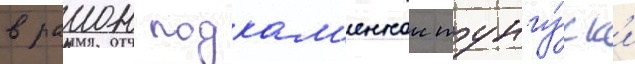
в раион подкам'еннои тунгу́ск'и